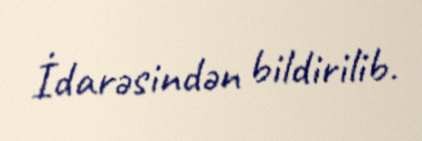
İdarəsindən bildirilib.